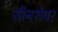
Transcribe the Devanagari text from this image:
तीनशेवर